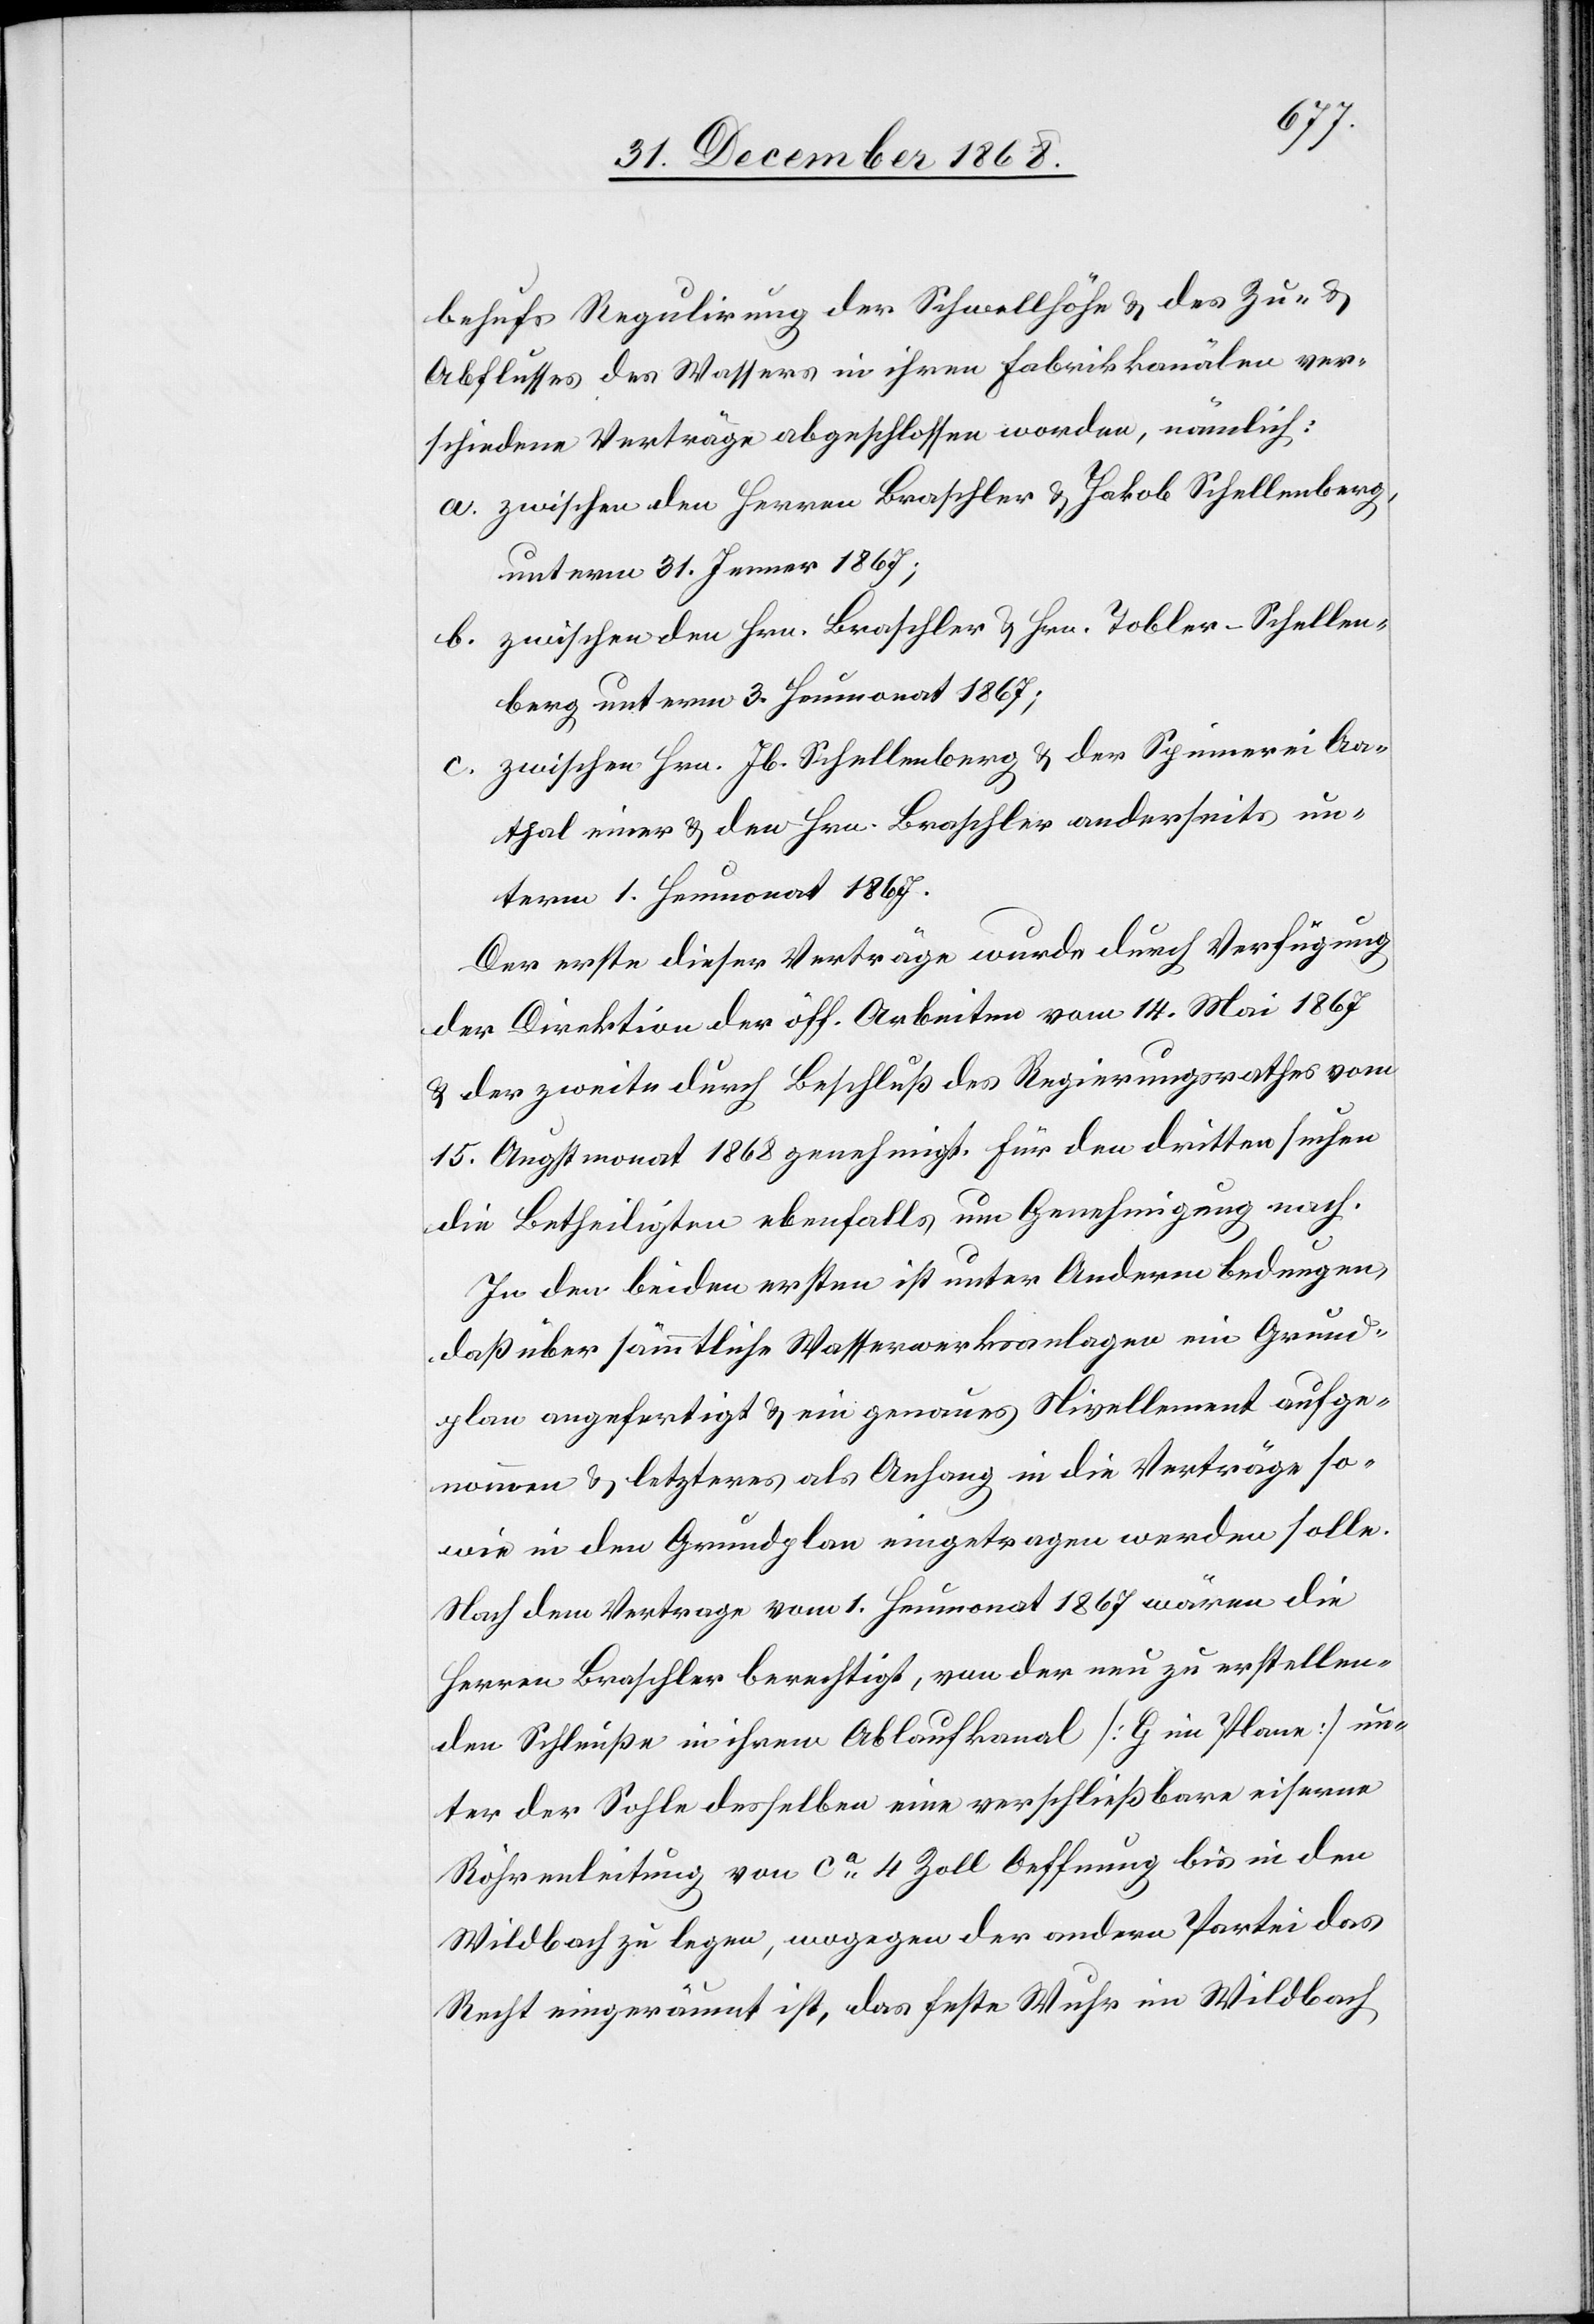
behufs Regulirung der Schwellhöhe & des Zu- &
Abflusses des Wassers in ihren Fabrikkanälen ver¬
schiedene Verträge abgeschlossen worden, nämlich:
zwischen den Herren Braschler & Jakob Schellenberg,
unterm 31. Jenner 1867;
zwischen den Hrn. Braschler & Hrn. Tobler-Schellen¬
berg unterm 3. Heumonat 1867;
zwischen Hrn. Jb. Schellenberg & der Spinnerei Aa¬
b.
thal einer[-] & den Hrn. Braschler anderseits un¬
term 1. Heumonat 1867.
Der erste dieser Verträge wurde durch Verfügung
der Direktion der öff. Arbeiten vom 14. Mai 1867
& der zweite durch Beschluß des Regierungsrathes vom
15. Augstmonat 1868 genehmigt. Für den dritten suchen
die Betheiligten ebenfalls um Genehmigung nach.
In den beiden ersten ist unter Anderm bedungen,
daß über sämmtliche Wasserwerksanlagen ein Grund¬
plan angefertigt & ein genaues Nivellement aufge¬
nommen & letzteres als Anhang in die Verträge so¬
wie in den Grundplan eingetragen werden solle.
Nach dem Vertrage vom 1. Heumonat 1867 wären die
Herren Braschler berechtigt, von der neu zu erstellen¬
den Schleuße in ihren Ablaufkanal [G im Plane] un¬
ter der Sohle desselben eine verschließbare eiserne
Röhrenleitung von ca 4 Zoll Oeffnung bis in den
Wildbach zu legen, wogegen der andern Partei das
Recht eingeräumt ist, das feste Wuhr im Wildbach